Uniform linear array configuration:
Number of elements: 48
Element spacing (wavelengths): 0.75
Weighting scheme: exponential
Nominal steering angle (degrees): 60
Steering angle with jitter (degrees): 61.329
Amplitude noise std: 0.05
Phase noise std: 0.05

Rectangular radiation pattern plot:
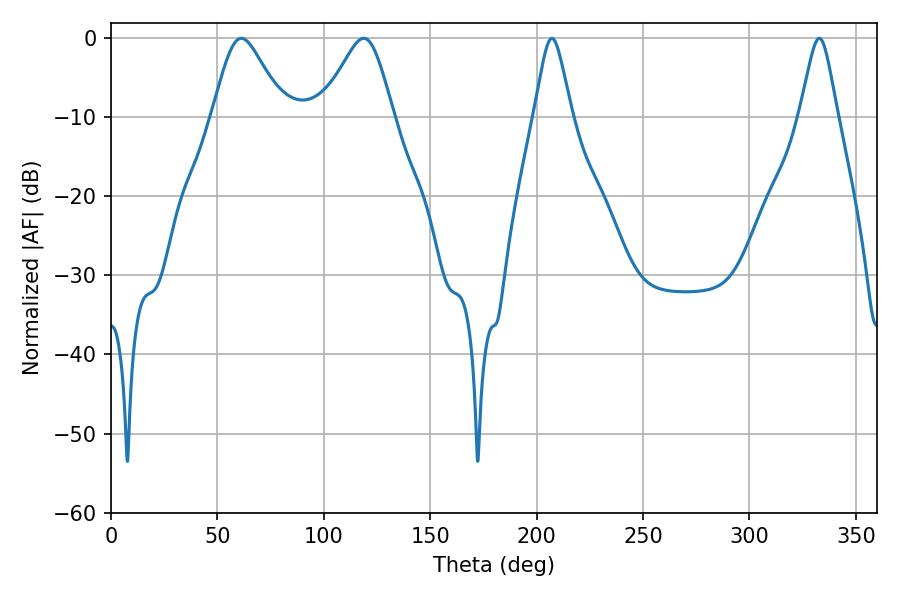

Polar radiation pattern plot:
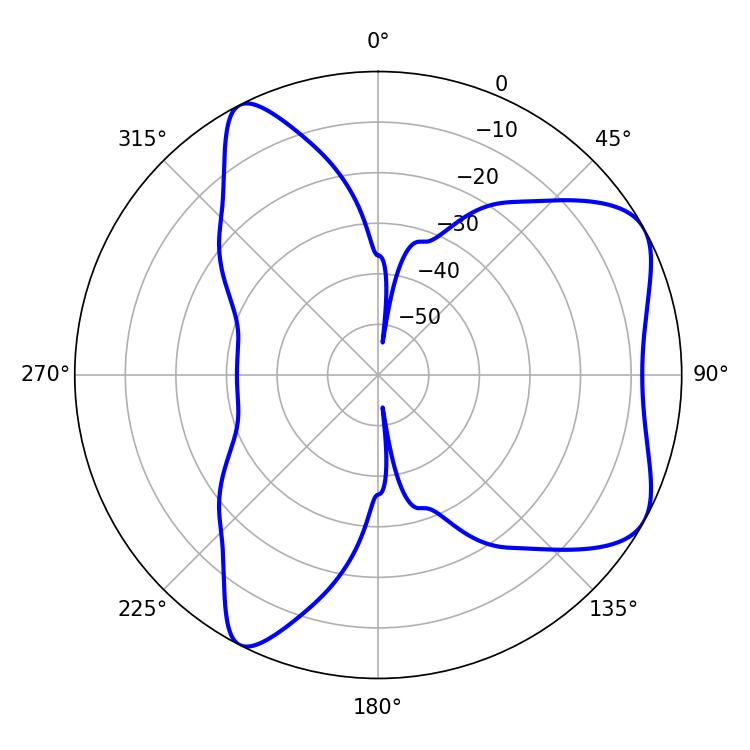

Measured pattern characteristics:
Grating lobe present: TRUE
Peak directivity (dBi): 6.308
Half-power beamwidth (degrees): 8.46
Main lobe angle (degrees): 207.18